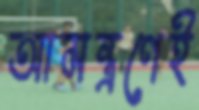
আমন্ত্রণেই